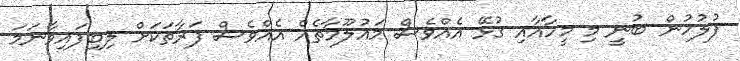
ފުލުހުން ބުނީ މި މީހާއާއި ގުޅޭ އެއްވެސް މައުލޫމާތެއް އެއްވެސް ފަރާތަކަށް ލިބިފައިވާނަމަ